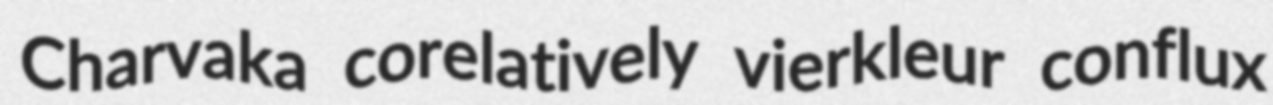
Charvaka corelatively vierkleur conflux